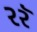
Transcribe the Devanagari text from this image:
२२ॅ